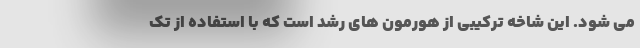
می شود. این شاخه ترکیبی از هورمون های رشد است که با استفاده از تک